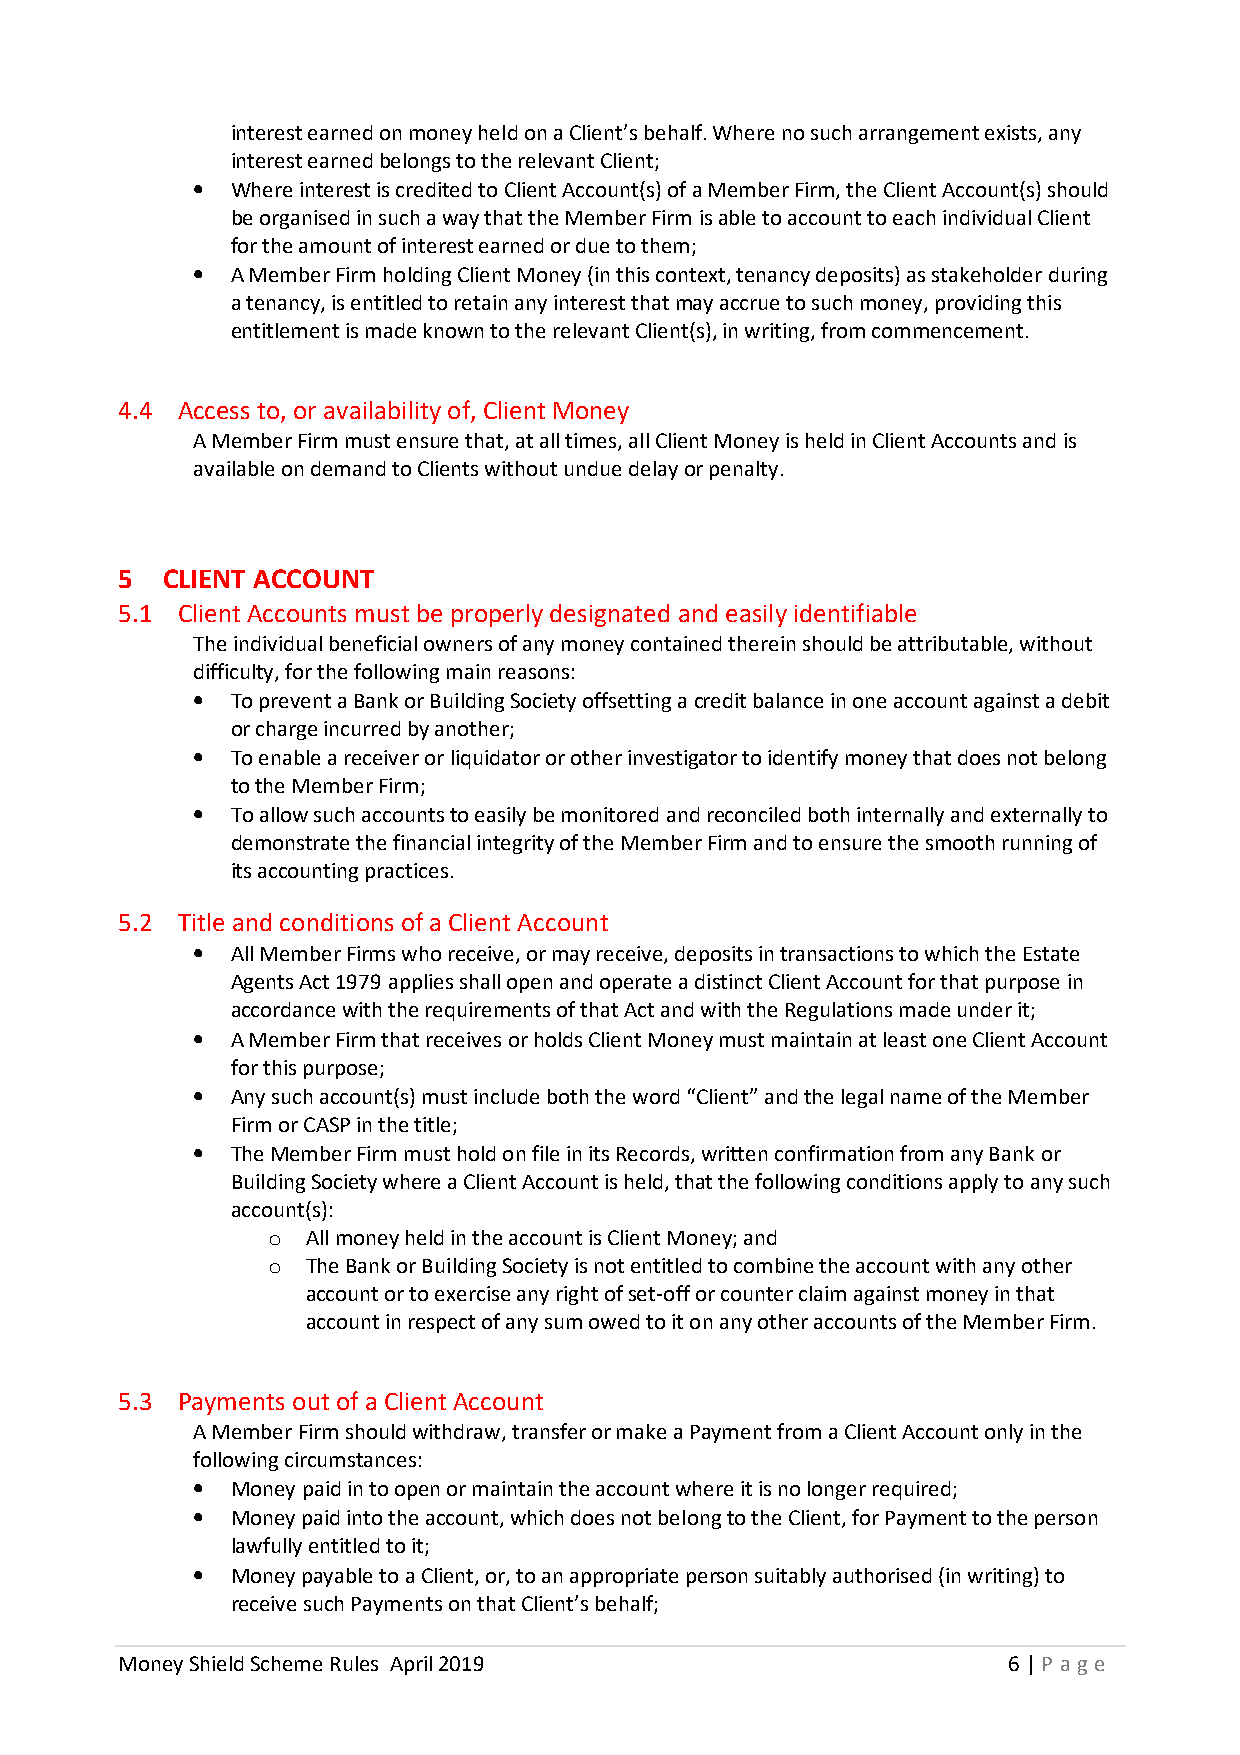
interest earned on money held on a Client’s behalf. Where no such arrangement exists, any
 interest earned belongs to the relevant Client;
 • Where interest is credited to Client Account(s) of a Member Firm, the Client Account(s) should
 be organised in such a way that the Member Firm is able to account to each individual Client
 for the amount of interest earned or due to them;
 • A Member Firm holding Client Money (in this context, tenancy deposits) as stakeholder during
 a tenancy, is entitled to retain any interest that may accrue to such money, providing this
 entitlement is made known to the relevant Client(s), in writing, from commencement.
 4.4 Access to, or availability of, Client Money
 A Member Firm must ensure that, at all times, all Client Money is held in Client Accounts and is
 available on demand to Clients without undue delay or penalty.
 5  CLIENT ACCOUNT
 5.1 Client Accounts must be properly designated and easily identifiable
 The individual beneficial owners of any money contained therein should be attributable, without
 difficulty, for the following main reasons:
 • To prevent a Bank or Building Society offsetting a credit balance in one account against a debit
 or charge incurred by another;
 • To enable a receiver or liquidator or other investigator to identify money that does not belong
 to the Member Firm;
 • To allow such accounts to easily be monitored and reconciled both internally and externally to
 demonstrate the financial integrity of the Member Firm and to ensure the smooth running of
 its accounting practices.
 5.2 Title and conditions of a Client Account
 • All Member Firms who receive, or may receive, deposits in transactions to which the Estate
 Agents Act 1979 applies shall open and operate a distinct Client Account for that purpose in
 accordance with the requirements of that Act and with the Regulations made under it;
 • A Member Firm that receives or holds Client Money must maintain at least one Client Account
 for this purpose;
 • Any such account(s) must include both the word “Client” and the legal name of the Member
 Firm or CASP in the title;
 • The Member Firm must hold on file in its Records, written confirmation from any Bank or
 Building Society where a Client Account is held, that the following conditions apply to any such
 account(s):
 o All money held in the account is Client Money; and
 o The Bank or Building Society is not entitled to combine the account with any other
 account or to exercise any right of set-off or counter claim against money in that
 account in respect of any sum owed to it on any other accounts of the Member Firm.
 5.3 Payments out of a Client Account
 A Member Firm should withdraw, transfer or make a Payment from a Client Account only in the
 following circumstances:
 • Money paid in to open or maintain the account where it is no longer required;
 • Money paid into the account, which does not belong to the Client, for Payment to the person
 lawfully entitled to it;
 • Money payable to a Client, or, to an appropriate person suitably authorised (in writing) to
 receive such Payments on that Client’s behalf;
 Money Shield Scheme Rules April 2019                       6 | P age